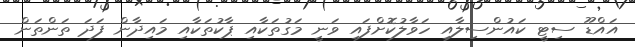
އައްޑޫ ސިޓީ ކައުންސިލާއި ހަވާލުކޮށްފައި ވަނީ މަގުތަކާއި ޕާކުތަކާއި މައިދާން ފަދަ ތަންތަން